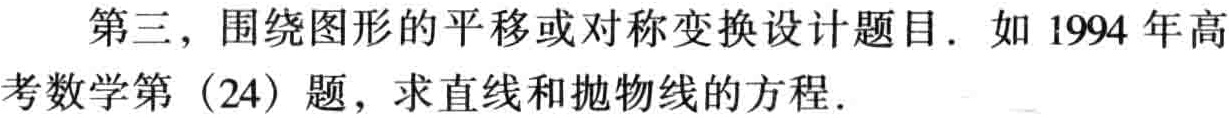
第三，围绕图形的平移或对称变换设计题目. 如 1994 年高考数学第（24）题，求直线和抛物线的方程.